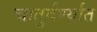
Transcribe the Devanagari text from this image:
चातुर्वर्ण्यात